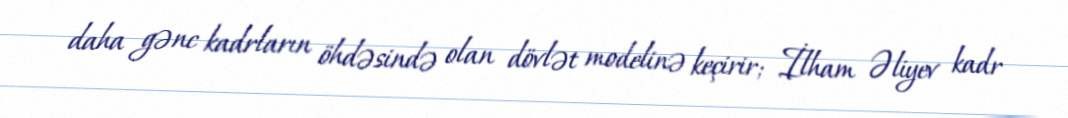
daha gənc kadrların öhdəsində olan dövlət modelinə keçirir; İlham Əliyev kadr